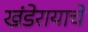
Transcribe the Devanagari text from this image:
खंडेरायाचे